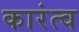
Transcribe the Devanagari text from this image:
कारंत्व